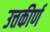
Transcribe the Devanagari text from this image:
उत्तकीर्ण